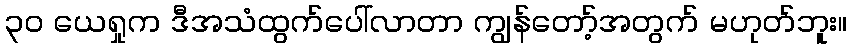
၃၀ ယေရှုက ဒီအသံထွက်ပေါ်လာတာ ကျွန်တော့်အတွက် မဟုတ်ဘူး။